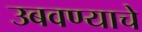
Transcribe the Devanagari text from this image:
उबवण्याचे